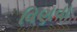
વિણવા